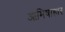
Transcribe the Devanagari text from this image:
आमिषाहार